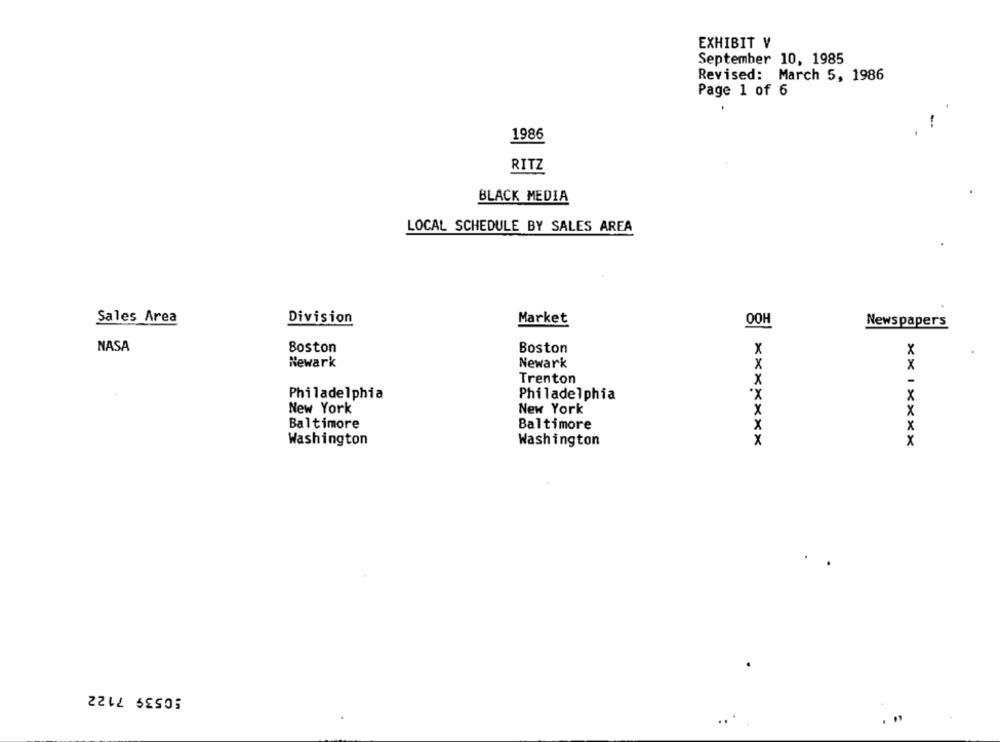
EXHIBIT V
September 10, 1985
Revised: March 5, 1986
Page 1 of 6
-
1986
RITZ
BLACK MEDIA
LOCAL SCHEDULE BY SALES AREA
Sales Area
Market
Division
OOH
Newspapers
NASA
Boston
Boston
X
X
Newark
Newark
x
Trenton
*X
Philadelphia
Philadelphia
New York
New York
Baltimore
Baltimore
Washington
Washington
X
50539 7122